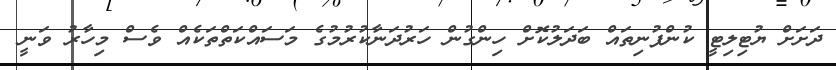
ދަށަށް ޔުޓިލިޓީ ކުންފުނިތައް ބަދަލުކޮށް ހިންގުން ހަރުދަނާކުރުމުގެ މަސައްކަތްތަކެއް ވެސް މިހާރު ވަނީ